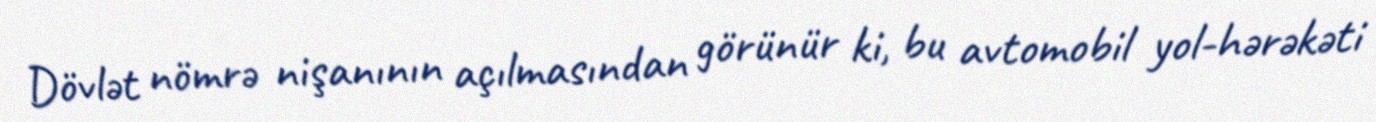
Dövlət nömrə nişanının açılmasından görünür ki, bu avtomobil yol-hərəkəti